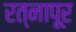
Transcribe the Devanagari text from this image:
रत्‍नापूर